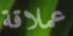
عملاقة